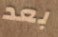
بعد